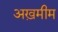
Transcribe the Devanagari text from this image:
अख़मीम